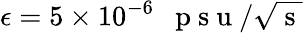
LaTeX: \epsilon=5\times 10^{-6}\mathrm{~~~p~s~u~}/\sqrt{\mathrm{~s~}}